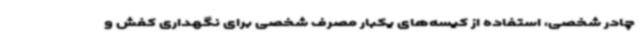
چادر شخصی، استفاده از کیسه‌های یکبار مصرف شخصی برای نگهداری کفش و